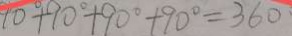
9 0 ^ { \circ } + 9 0 ^ { \circ } + 9 0 ^ { \circ } + 9 0 ^ { \circ } = 3 6 0